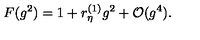
F ( g ^ { 2 } ) = 1 + r _ { \eta } ^ { ( 1 ) } g ^ { 2 } + { \cal O } ( g ^ { 4 } ) .